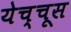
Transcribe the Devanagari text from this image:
येच्चूस